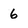
Character: 6